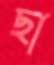
ছা